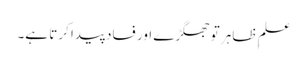
علمِ ظاہر تو جھگڑے اور فساد پیدا کرتا ہے۔